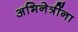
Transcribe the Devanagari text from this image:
अभिनेत्रींना